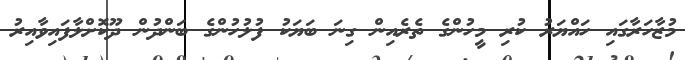
މުޒާހަރާގައި ހައްޔަރު ކުރި މީހުންގެ ތެރެއިން ގިނަ ބަޔަކު ފުލުހުންގެ ބަންދުން ދޫކޮށްލާފައިވާއިރު